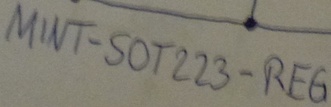
Text: MINT-SOT223-REG